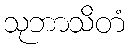
သုဘာသိတံ